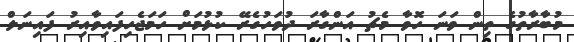
މުބާރާތުގެ ތިން ވަނަ ހޮވާ މެޗު އަންގާރަ ދުވަހުގެރޭ ކުޅުމަށް ހަމަޖެހިފައިވާއިރު ފައިނަލް